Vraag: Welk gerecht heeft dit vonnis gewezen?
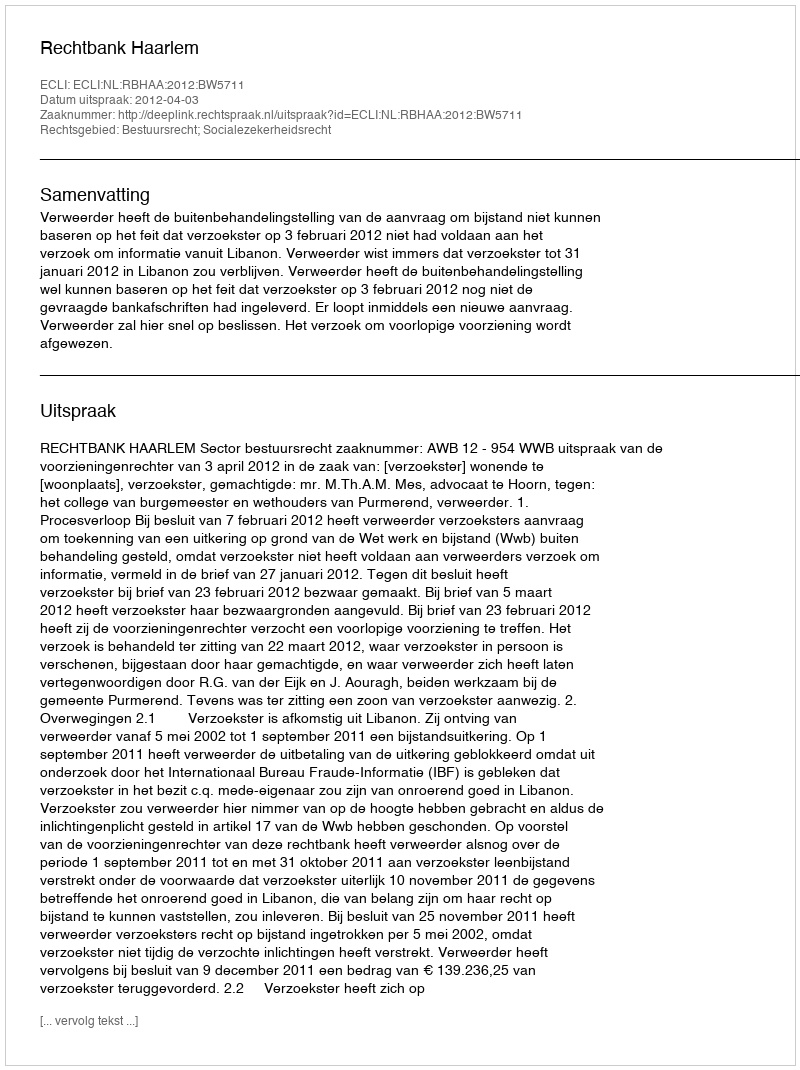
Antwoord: Rechtbank Haarlem